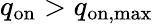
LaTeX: q_{\mathrm{on}}>q_{\mathrm{on,max}}